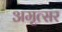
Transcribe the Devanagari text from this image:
अमृत्सर